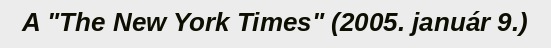
A "The New York Times" (2005. január 9.)